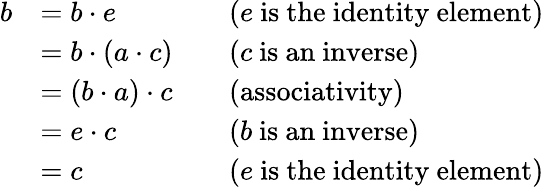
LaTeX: {\begin{array}{rlrl}{b}&{=b\cdot e}&&{{\mathrm{(}}e{\mathrm{~is~the~identity~element)}}}\\ &{=b\cdot(a\cdot c)}&&{{\mathrm{(}}c{\mathrm{~is~an~inverse)}}}\\ &{=(b\cdot a)\cdot c}&&{{\mathrm{(associativity)}}}\\ &{=e\cdot c}&&{{\mathrm{(}}b{\mathrm{~is~an~inverse)}}}\\ &{=c}&&{{\mathrm{(}}e{\mathrm{~is~the~identity~element)}}}\end{array}}